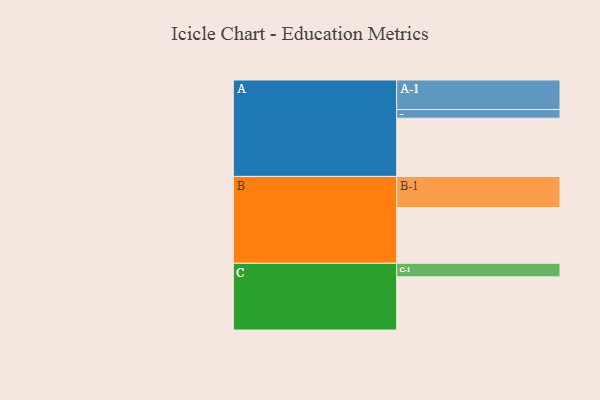
{"axis": {"x": "Segment", "y": "Value"}, "legend": ["", "A", "B", "C"], "data": [{"x": "A", "y": 510, "type": ""}, {"x": "B", "y": 488, "type": ""}, {"x": "C", "y": 465, "type": ""}, {"x": "A-1", "y": 259, "type": "A"}, {"x": "A-2", "y": 75, "type": "A"}, {"x": "B-1", "y": 272, "type": "B"}, {"x": "C-1", "y": 119, "type": "C"}]}